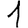
Digit: 1